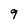
Character: 9